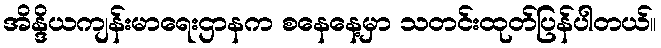
အိန္ဒိယကျန်းမာရေးဌာနက စနေနေ့မှာ သတင်းထုတ်ပြန်ပါတယ်။